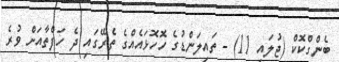
ބެންގްކޮކް (ޖުލައި 11) - ތައިލަންޑުގެ ހޮހޮޅައެއްގެ ތެރޭގައި ދެ ހަފްތާއަށް ވުރެ